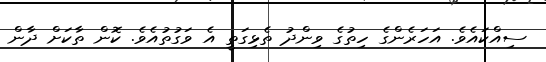
ސިއްކައެވެ. އަހަރެންގެ ހިތުގެ ވިންދު ތެޅިގަތީ އެ ވަގުތުއެވެ. ކޮން ތާކަށް ދާން